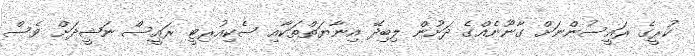
ކުރީގެ ރައީސުންނަށް ގާނޫނެއްގެ ދަށުން ލިބިދޭ އިނާޔަތްތަކާއި ސެކިއުރިޓީ ރައީސް ނަޝީދަށް ވެސް